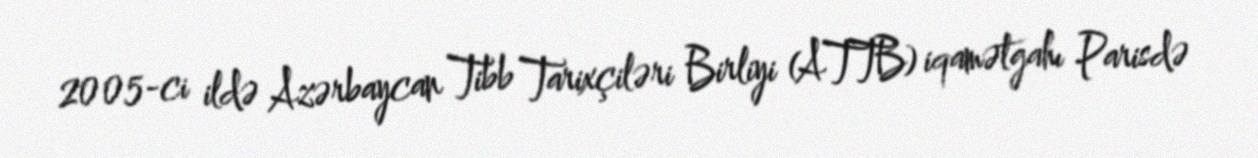
2005-ci ildə Azərbaycan Tibb Tarixçiləri Birliyi (ATTB) iqamətgahı Parisdə